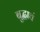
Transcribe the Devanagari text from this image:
बुद्धाचं